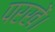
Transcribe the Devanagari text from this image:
परखें।